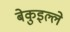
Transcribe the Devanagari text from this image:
बेकुइल्ले